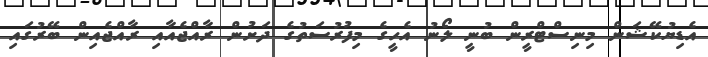
އެޑިޔުކޭޝަން މިނިސްޓްރީން ބުނީ ލޯނު އެހީގެ މިފުރުސަތުގެ ދަށުން ރާއްޖެއާއި ރާއްޖެއިން ބޭރުގައި